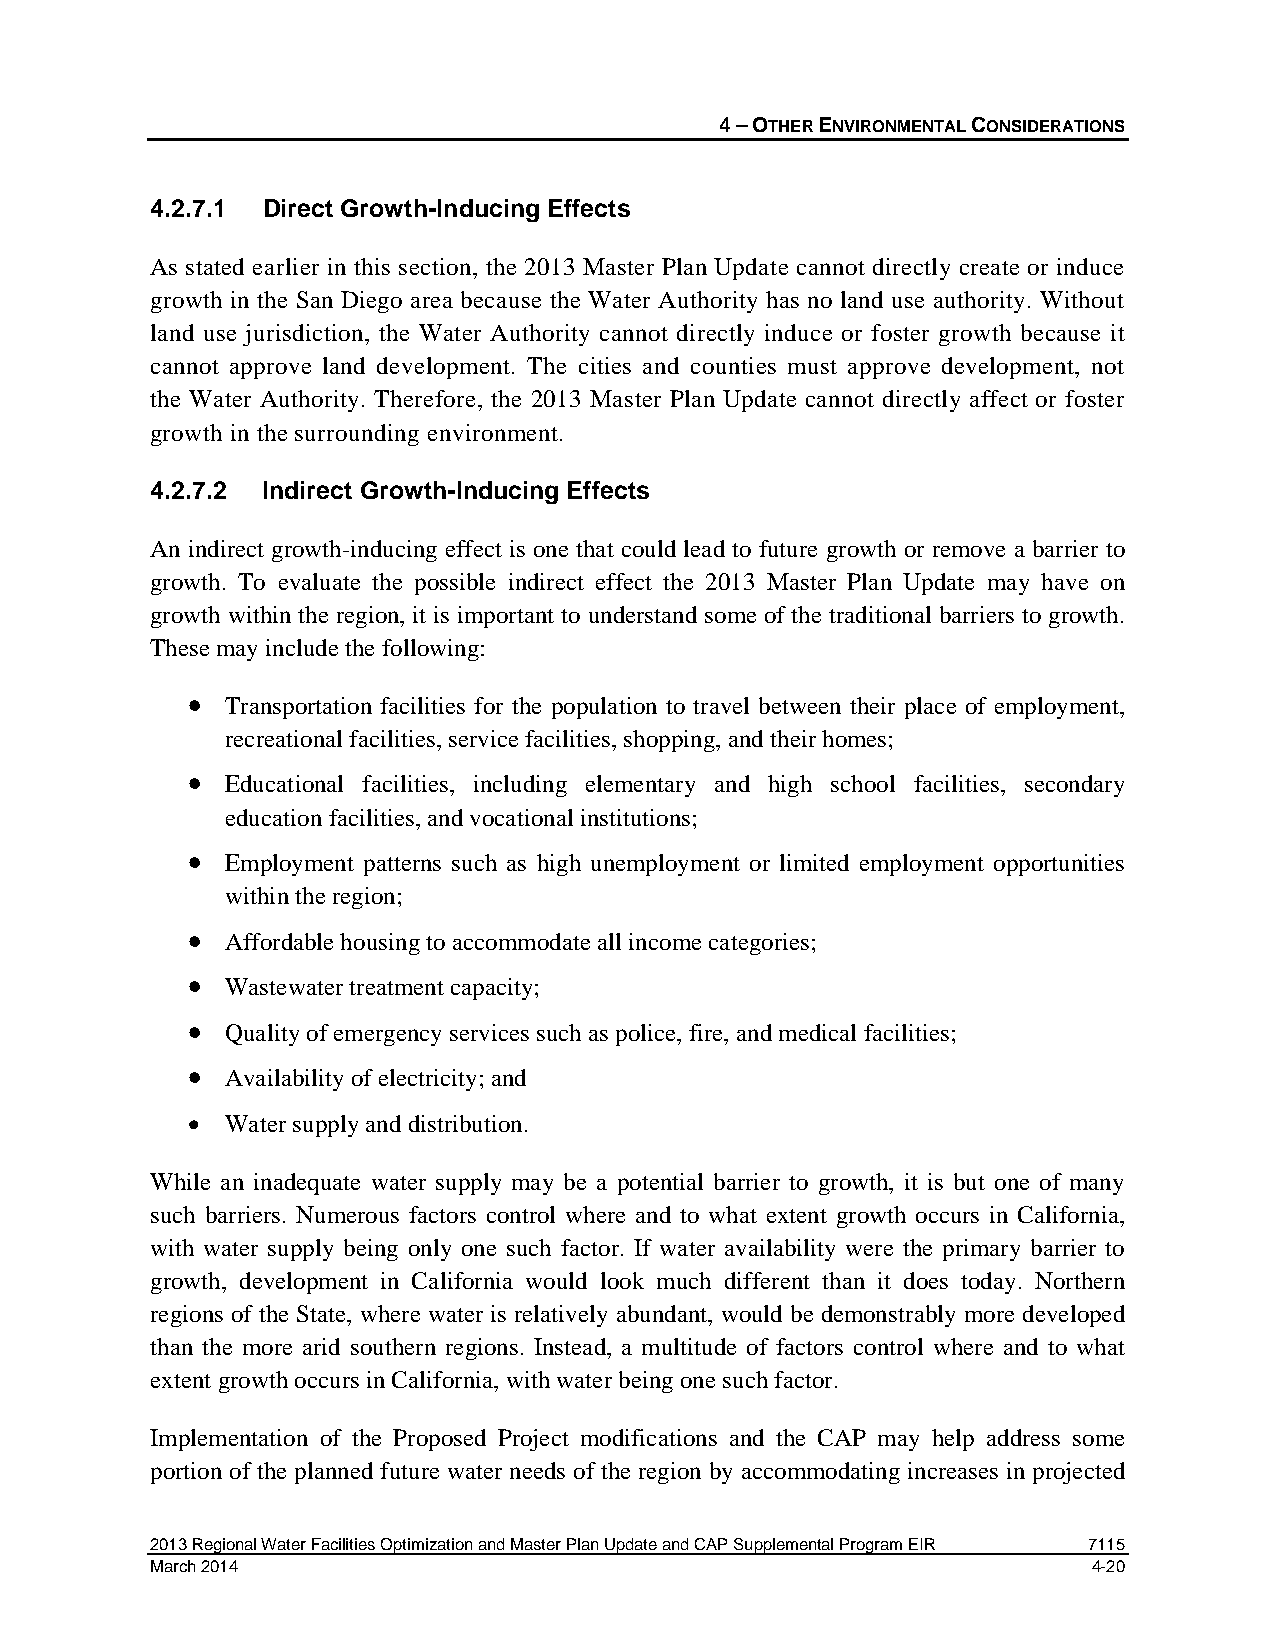
4 – OTHER ENVIRONMENTAL CONSIDERATIONS
 4.2.7.1 Direct Growth-Inducing Effects
 As stated earlier in this section, the 2013 Master Plan Update cannot directly create or induce
 growth in the San Diego area because the Water Authority has no land use authority. Without
 land use jurisdiction, the Water Authority cannot directly induce or foster growth because it
 cannot approve land development. The cities and counties must approve development, not
 the Water Authority. Therefore, the 2013 Master Plan Update cannot directly affect or foster
 growth in the surrounding environment.
 4.2.7.2 Indirect Growth-Inducing Effects
 An indirect growth-inducing effect is one that could lead to future growth or remove a barrier to
 growth. To evaluate the possible indirect effect the 2013 Master Plan Update may have on
 growth within the region, it is important to understand some of the traditional barriers to growth.
 These may include the following:
 •  Transportation facilities for the population to travel between their place of employment,
 recreational facilities, service facilities, shopping, and their homes;
 •  Educational facilities, including elementary and high school facilities, secondary
 education facilities, and vocational institutions;
 •  Employment patterns such as high unemployment or limited employment opportunities
 within the region;
 •  Affordable housing to accommodate all income categories;
 •  Wastewater treatment capacity;
 •  Quality of emergency services such as police, fire, and medical facilities;
 •  Availability of electricity; and
 •  Water supply and distribution.
 While an inadequate water supply may be a potential barrier to growth, it is but one of many
 such barriers. Numerous factors control where and to what extent growth occurs in California,
 with water supply being only one such factor. If water availability were the primary barrier to
 growth, development in California would look much different than it does today. Northern
 regions of the State, where water is relatively abundant, would be demonstrably more developed
 than the more arid southern regions. Instead, a multitude of factors control where and to what
 extent growth occurs in California, with water being one such factor.
 Implementation of the Proposed Project modifications and the CAP may help address some
 portion of the planned future water needs of the region by accommodating increases in projected
 2013 Regional Water Facilities Optimization and Master Plan Update and CAP Supplemental Program EIR 7115
 March 2014                                                    4-20